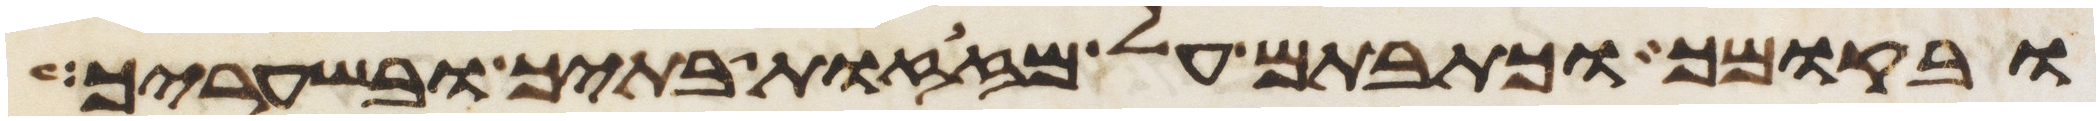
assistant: ובקומך וכתבתם על מזזות בתיך ובשעריך